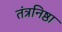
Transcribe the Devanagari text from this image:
तंत्रनिष्ठा